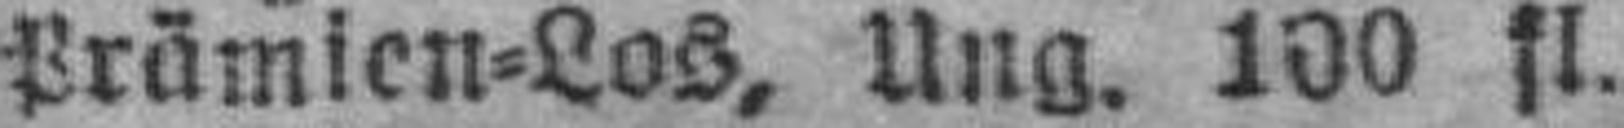
Prämien=Los, Ung. 100 fl.